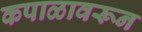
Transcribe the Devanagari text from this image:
कपाळावरून